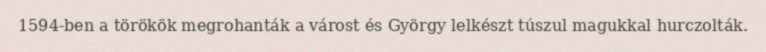
1594-ben a törökök megrohanták a várost és György lelkészt túszul magukkal hurczolták.